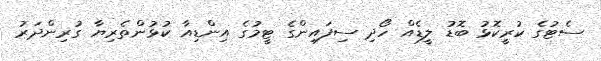
ސެޓުގެ ކުރީކޮޅު ބޮޑު ލީޑެއް ހޯދި ސިފައިންގެ ޓީމުގެ އިންޑިއާ ކުޅުންތެރިޔާ ގުރިންދަރު